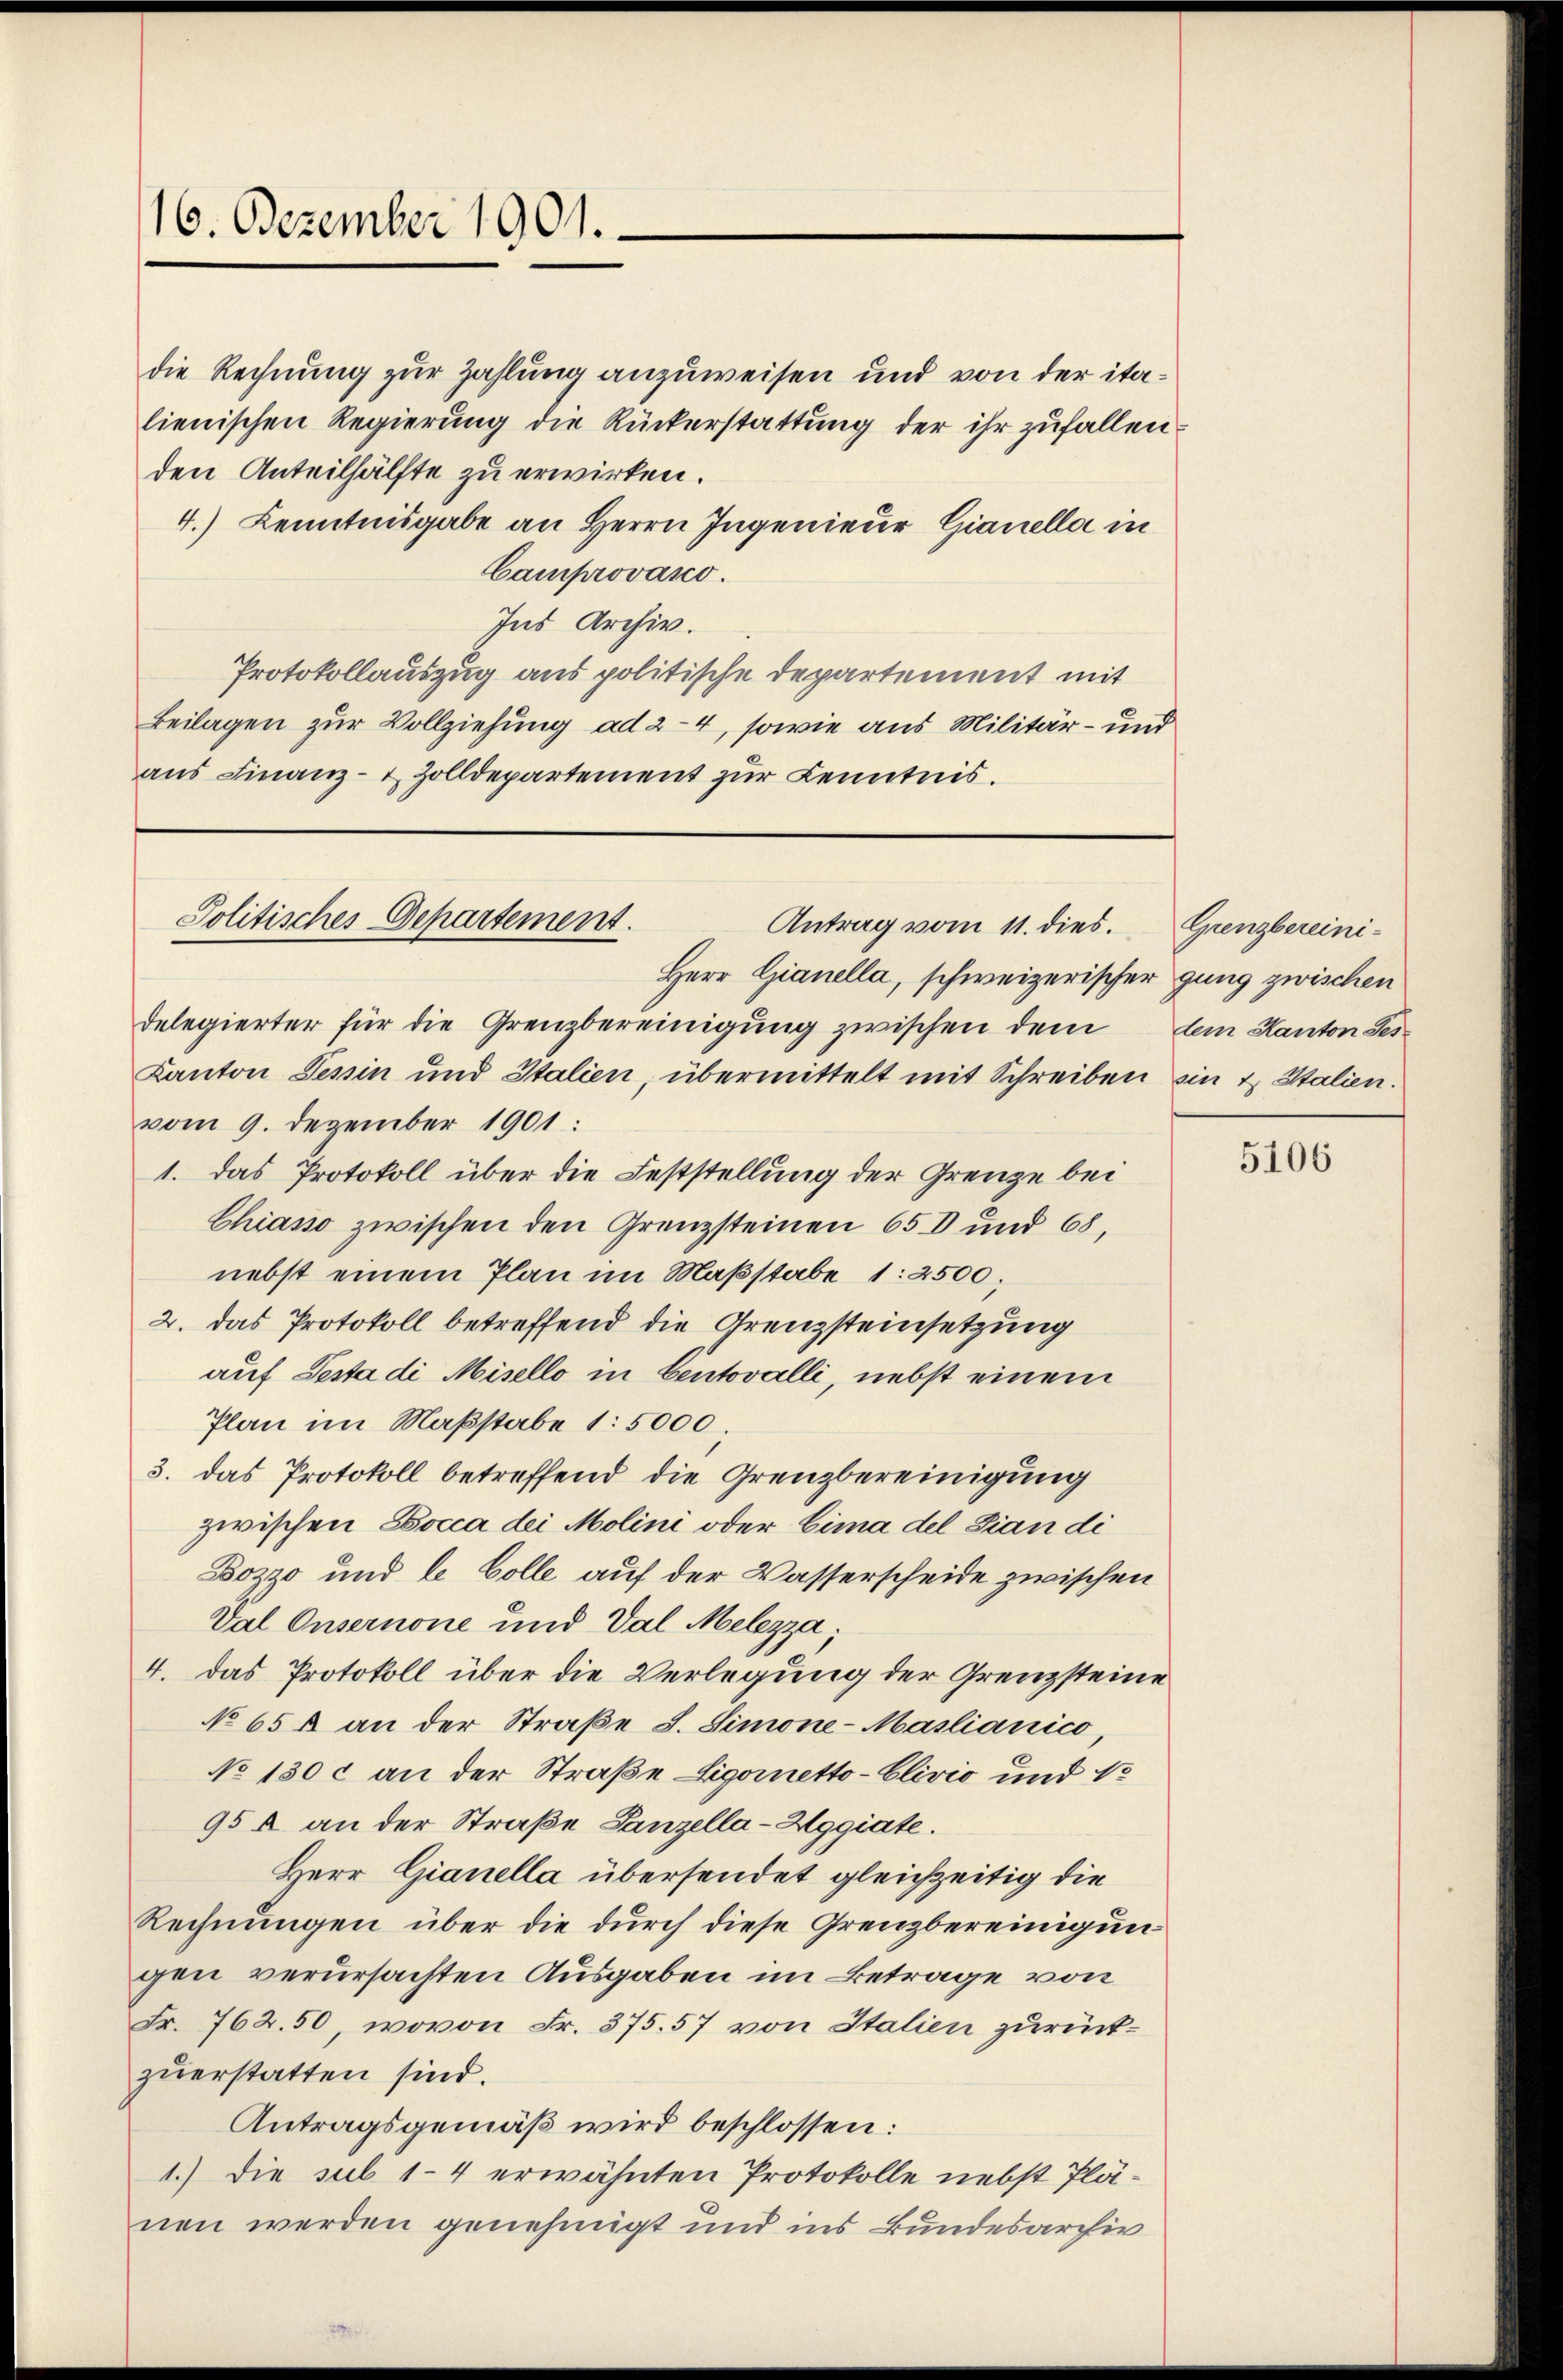
16. Dezember 1901.

die Rechnung zur Zahlung anzuweisen und von der italienischen Regierung die Rückerstattung der ihr zufallen.
den Anteilhälfte zu erwirken.
4.) Kenntnisgabe an Herrn Ingenieur Gianella in
Camprovano.
Ins Archiv.
Protokollauszug aus politische Departement mit
Beilagen zur Vollziehung ad 24, sowie aus Militär- und
aus Finanz- & Zolldepartement zur Kenntnis.

Herr Gianella, schweizerischer gung zwischen
delegierter für die Grenzbereinigung zwischen dem
Kanton Tessin und Italien, übermittelt mit Schreiben ein u. Stalien.
vom 9. Dezember 1901:
1. Das Protokoll über die Feststellung der Grenze bei
Chiasso zwischen den Grenzsteinen 650 und 68,
nebst einem Plan im Maßstabe 1: 2500;
2. das Protokoll betreffend die Grenzsteinsetzung
auf Testa di Misello in bentovalli, nebst einem
Plan im Maßstabe 1: 5000.
3. das Protokoll betreffend die Grenzbereinigung
zwischen Locca der Molini oder Eima del Sian di
Bozzo und le Colle auf der Wasserscheide zwischen
Val Onsernone und Val Melezza
4. Das Protokoll über die Verlegung der Grenzsteine
No 65 f an der Straße I. Simone-Maslianico
No 130 c an der Straße Sigometto-Clivio und 1
95 A an der Straße Ganzella-Hggiate.
Herr Gianella übersendet gleichzeitig die
Rechnungen über die durch diese Grenzbereinigungen verursachten Ausgaben im Betrage von
Fr. 762. 50, wovon Fr. 375. 57 von Italien zurückzuerstatten sind.
Antragsgemäß wird beschlossen:
1.) Die sub 14 erwähnten Protokolle nebst Plänen werden genehmigt und ins Bundesarchiv

Politisches Departement.
Antrag vom 11. dies.

Grenzbereinilem Kanton Ses

5106